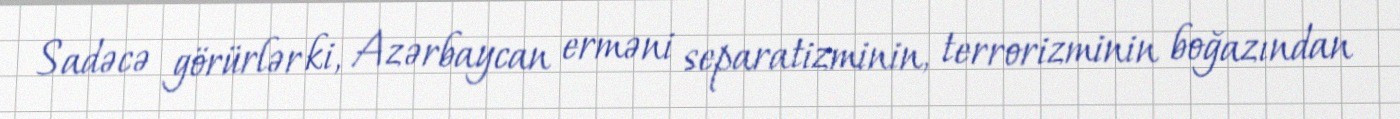
Sadəcə görürlər ki, Azərbaycan erməni separatizminin, terrorizminin boğazından